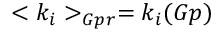
< k _ { i } > _ { G p r } = k _ { i } ( G p )